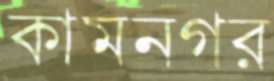
কামনগর